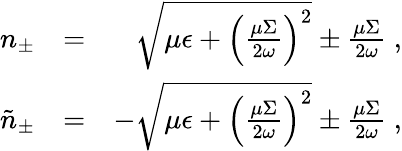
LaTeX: \begin{array}{rlr}{n_{\pm}}&{=}&{\sqrt{\mu\epsilon+\left(\frac{\mu\Sigma}{2\omega}\right)^{2}}\pm\frac{\mu\Sigma}{2\omega}\; ,}\\ {\tilde{n}_{\pm}}&{=}&{-\sqrt{\mu\epsilon+\left(\frac{\mu\Sigma}{2\omega}\right)^{2}}\pm\frac{\mu\Sigma}{2\omega}\; ,}\end{array}